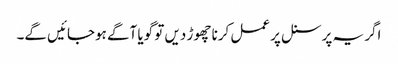
اگر یہ پرسنل پر عمل کرنا چھوڑ دیں تو گویا آگے ہوجائیں گے۔